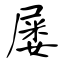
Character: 屡